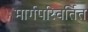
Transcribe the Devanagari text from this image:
मार्गपरिवर्तित